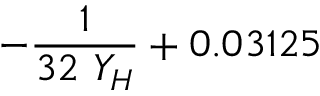
- \frac { 1 } { 3 2 \ Y _ { H } } + 0 . 0 3 1 2 5